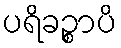
ပရိခဉ္စာပိ